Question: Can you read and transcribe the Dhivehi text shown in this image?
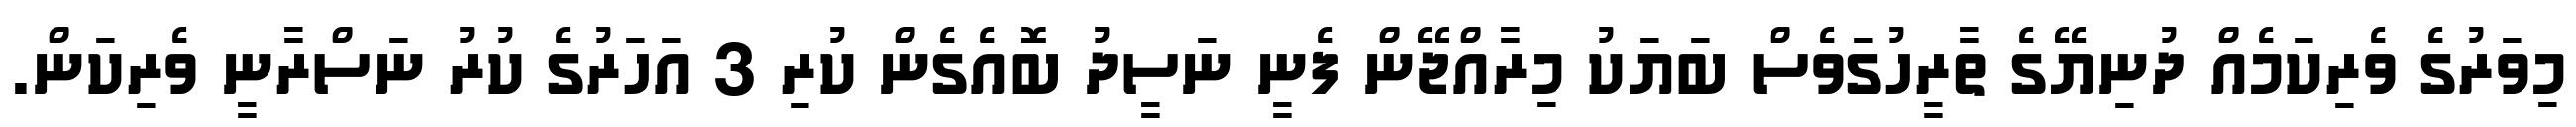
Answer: މިވަރުގެ ވެރިކަމެއް ދުނިޔޭގެ ތާރީހުގަވެސް ބަޔަކު މިރާއްޖޭން ފެނީ ނަސީދު ބޮއެގެން ކުރި 3 އަހަރުގެ ކުރު ނަސްރާނީ ވެރިކަން.